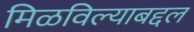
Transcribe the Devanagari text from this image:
मिळविल्याबद्दल